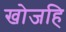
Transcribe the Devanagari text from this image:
खोजहि